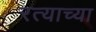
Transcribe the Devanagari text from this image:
रत्याच्या